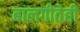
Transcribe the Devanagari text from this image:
बालगीतेही